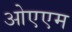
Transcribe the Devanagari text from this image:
ओएएम